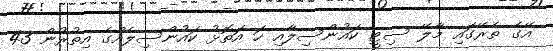
އޭގެ ތެރޭގައި މާލޭ ސިޓީ ކައުންސިލާއި ހަ އަތޮޅު ކައުންސިލެއްގެ އިތުރުން 43